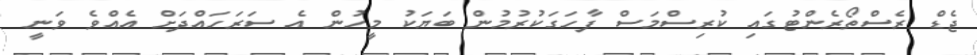
ޖެޑް ރެސްތޯރެންޓުގައި ކުރިސްމަސް ފާހަގަކުރުމުން ބަޔަކު މީހުން އެ ސަރަހައްދަށް އެއްވެ ވަނީ